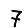
Digit: 7